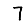
Digit: 7